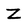
Character: Z